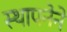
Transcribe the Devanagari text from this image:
स्‍थापनेने